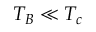
{ T _ { B } \ll T _ { c } }